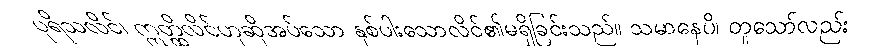
ပုရိသလိင်၊ ဣတ္ထိလိင်ဟုဆိုအပ်သော နှစ်ပါးသောလိင်၏မရှိခြင်းသည်။ သမာနေပိ၊ တူသော်လည်း